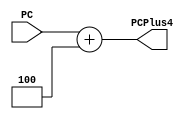
module consecutiveInstAddr_P2
    #(parameter Width = 32)
(
    input  [Width-1:0] PC,
    output [Width-1:0] PCPlus4
);
    assign PCPlus4 = PC + 4;
endmodule